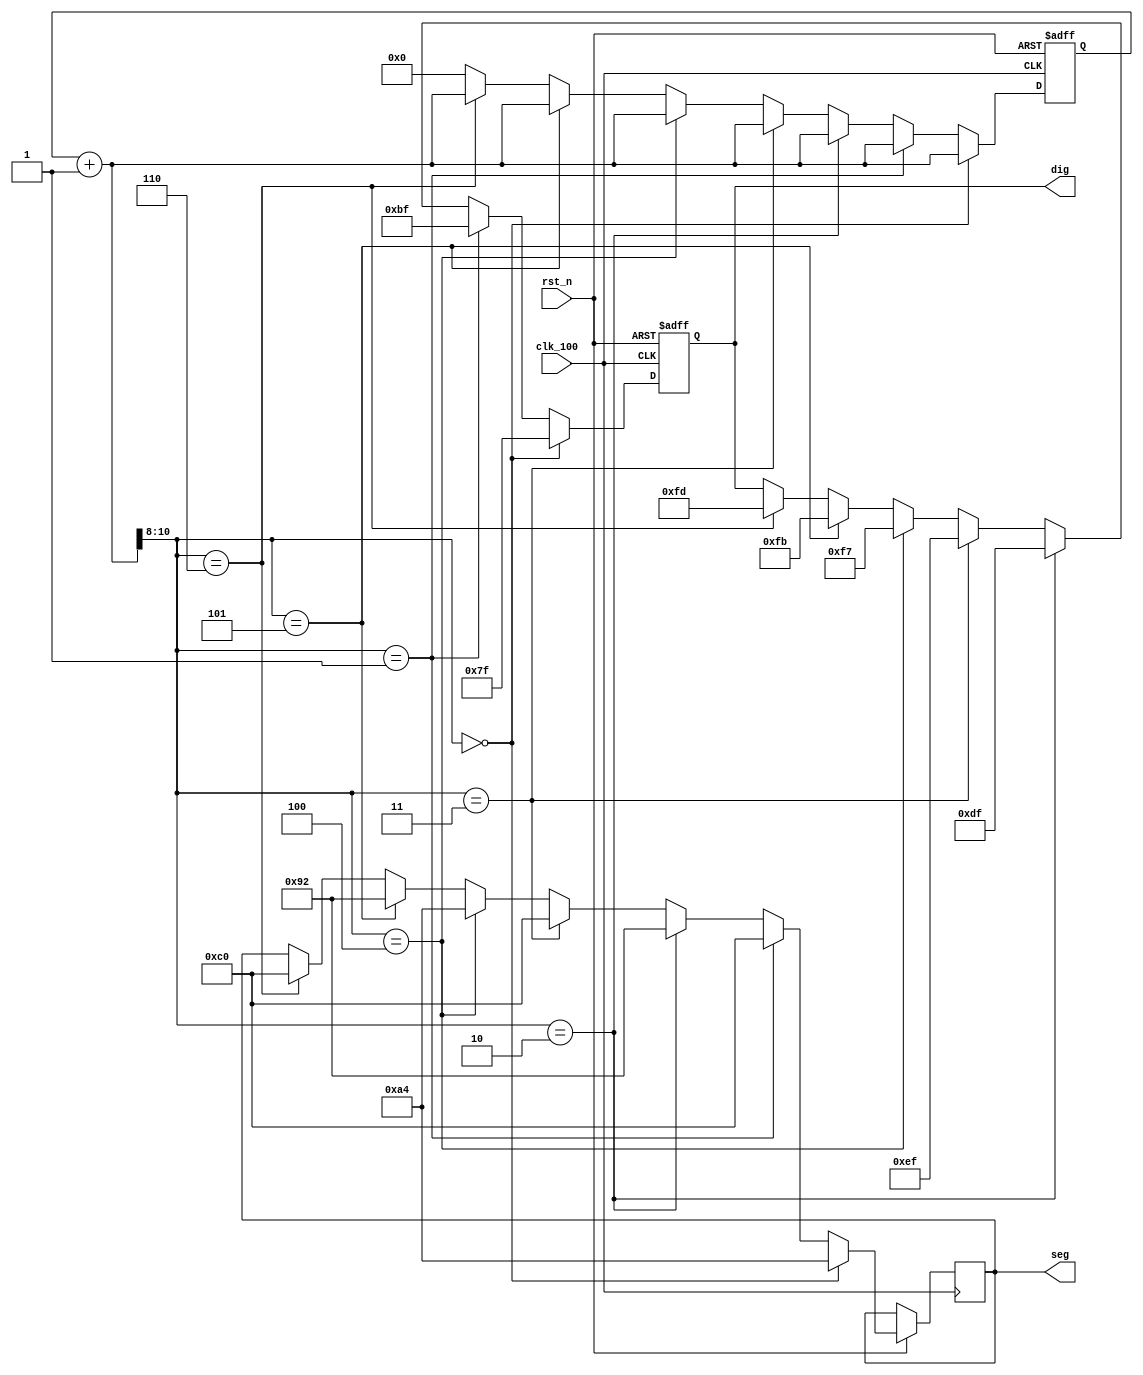
`timescale 1ns / 1ps
//////////////////////////////////////////////////////////////////////////////////
// Company: 
// Engineer: 
// 
// Design Name: 
// Module Name: Led
// Project Name: 
// Target Devices: 
// Tool Versions: 
// Description: 
// 
// Dependencies: 
// 
// Revision:
// Revision 0.01 - File Created
// Additional Comments:
// 
//////////////////////////////////////////////////////////////////////////////////


module Led(
    input clk_100,
    input rst_n,
    output [7:0] dig,
    output [7:0] seg
    );

reg [7:0] dig_select = 8'b11111110;
reg [7:0] seg_store = 8'hff;
reg [10:0] count = 0;

always @ (posedge clk_100 or negedge rst_n)
begin
    count = count + 1;
    if(!rst_n) begin
        dig_select <= 8'b11111111;
        count <= 0;
    end
    else if(count[10:8] == 0) //2
    begin
        dig_select <= 8'b01111111;
        seg_store <= 8'ha4;
    end
    else if(count[10:8] == 1) //0
    begin
        dig_select <= 8'b10111111;
        seg_store <= 8'hc0;
    end
    else if(count[10:8] == 2) //5
    begin
        dig_select <= 8'b11011111;
        seg_store <= 8'h92;
    end
    else if(count[10:8] == 3) //0
    begin
        dig_select <= 8'b11101111;
        seg_store <= 8'hc0;
    end
    else if(count[10:8] == 4) //2
    begin
        dig_select <= 8'b11110111;
        seg_store <= 8'ha4;
    end
    else if(count[10:8] == 5) //5
    begin
        dig_select <= 8'b11111011;
        seg_store <= 8'h92;
    end
    else if(count[10:8] == 6) //0
    begin
        dig_select <= 8'b11111101;
        seg_store <= 8'hc0;
    end
    else begin
        count <= 0;
    end
    
end

assign dig = dig_select;
assign seg = seg_store;
endmodule